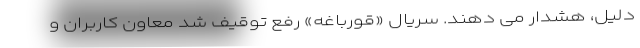
دلیل، هشدار می دهند. سریال «قورباغه» رفع توقیف شد معاون کاربران و